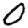
Digit: 0